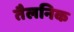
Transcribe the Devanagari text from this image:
तैलनिक